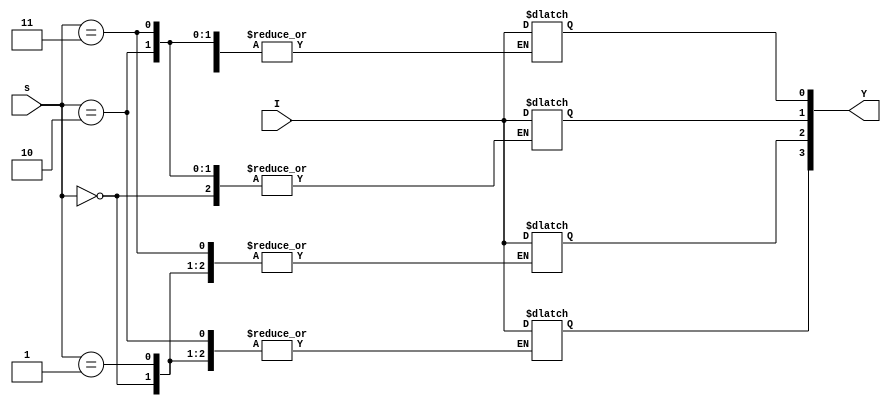
`timescale 1ns/10ps

//Mdulo de Descripcin del Demultiplexor 1 a 4
module Demux_1_4(
  input I,
  input [1:0] s,
  output reg [3:0] Y); 
    // escriba su cdigo aqu
    always @ (s[1],s[0],I)
    case (s)
        2'b00 : Y[0] = I;
        2'b01 : Y[1] = I;
        2'b10 : Y[2] = I;
        2'b11 : Y[3] = I;
    endcase
endmodule